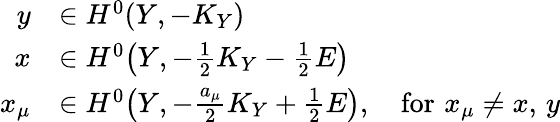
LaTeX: \begin{array}{rl}{y}&{\in H^{0}(Y,-K_{Y})}\\ {x}&{\in H^{0}\big(Y,-\frac{1}{2}K_{Y}-\frac{1}{2}E\big)}\\ {x_{\mu}}&{\in H^{0}\big(Y,-\frac{a_{\mu}}{2}K_{Y}+\frac{1}{2}E\big),\quad\mathrm{for}\, \, x_{\mu}\not=x,\, y}\end{array}